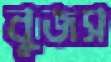
বুজস